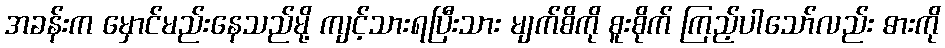
အခန်းက မှောင်မည်းနေသည်မို့ ကျင့်သားရပြီးသား မျက်စိကို စူးစိုက် ကြည့်ပါသော်လည်း ဓားကို